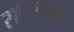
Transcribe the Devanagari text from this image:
साधनाक्षेत्र